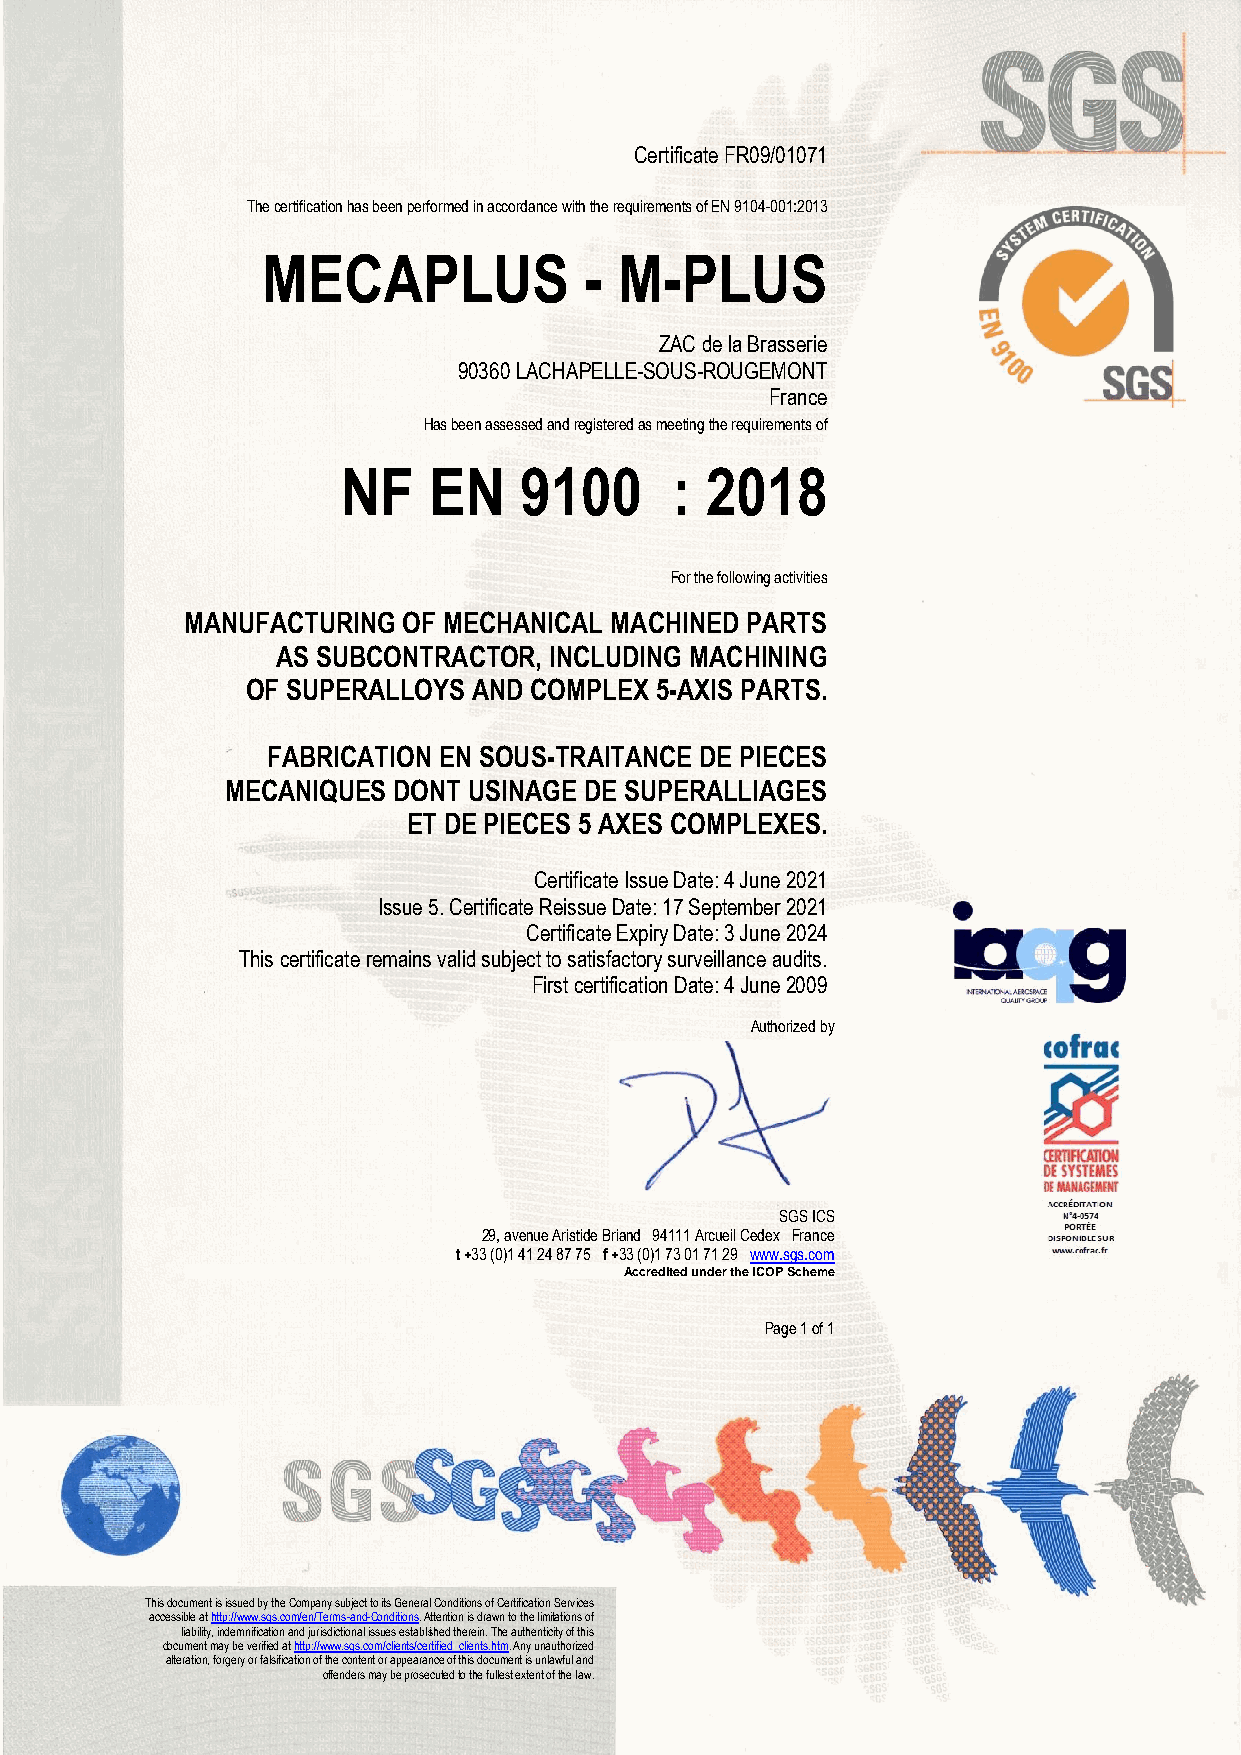
Certificate FR09/01071
 The certification has been performed in accordance with the requirements of EN 9104-001:2013
 MECAPLUS              - M-PLUS
 ZAC de la Brasserie
 90360 LACHAPELLE-SOUS-ROUGEMONT
 France
 Has been assessed and registered as meeting the requirements of
 NF   EN    9100       : 2018
 For the following activities
 MANUFACTURING  OF MECHANICAL MACHINED PARTS
 AS SUBCONTRACTOR, INCLUDING MACHINING
 OF SUPERALLOYS AND COMPLEX 5-AXIS PARTS.
 FABRICATION EN SOUS-TRAITANCE DE PIECES
 MECANIQUES DONT USINAGE DE SUPERALLIAGES
 ET DE PIECES 5 AXES COMPLEXES.
 Certificate Issue Date: 4 June 2021
 Issue 5. Certificate Reissue Date: 17 September 2021
 Certificate Expiry Date: 3 June 2024
 This certificate remains valid subject to satisfactory surveillance audits.
 First certification Date: 4 June 2009
 Authorized by
 SGS ICS
 29, avenue Aristide Briand 94111 Arcueil Cedex France
 t +33 (0)1 41 24 87 75 f +33 (0)1 73 01 71 29 www.sgs.com
 Accredited under the ICOP Scheme
 Page 1 of 1
 This document is issued by the Company subject to its General Conditions of Certification Services
 accessible at http://www.sgs.com/en/Terms-and-Conditions. Attention is drawn to the limitations of
 liability, indemnification and jurisdictional issues established therein. The authenticity of this
 doc ument may be verified at http://www.sgs.com/clients/certified_clients.htm. Any unauthorized
 alteration, forgery or falsification of the content or appearance of this document is unlawful and
 offenders may be prosecuted to the fullest extent of the law.